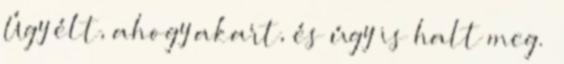
Úgy élt, ahogy akart, és úgy is halt meg.”